General report no. 6 on the lunatic asylums, vaccination and dispensaries in the Bengal Presidency, 1873 -
Year: 1873
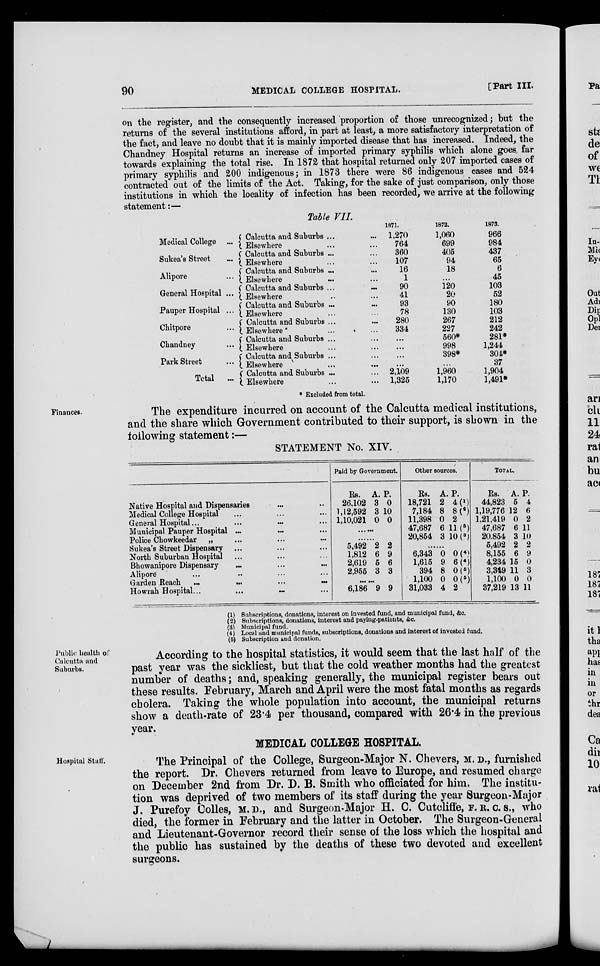
90
MEDICAL COLLEGE HOSPITAL.
[Part III.
on the register, and the consequently increased proportion of those unrecognized; but the
returns of the several institutions afford, in part at least, a more satisfactory interpretation of
the fact, and leave no doubt that it is mainly imported disease that has increased. Indeed, the
Chandney Hospital returns an increase of imported primary syphilis which alone goes far
towards explaining the total rise. In 1872 that hospital returned only 207 imported cases of
primary syphilis and 200 indigenous; in 1873 there were 86 indigenous cases and 524
contracted out of the limits of the Act. Taking, for the sake of just comparison, only those
institutions in which the locality of infection has been recorded, we arrive at the following
statement:—
Table VII.
Medical College ...
Sukea's Street ...
Alipore ...
General Hospital ...
Pauper Hospital ...
Chitpore ...
Chandney
...
Park Street
...
Total
...
Calcutta and Suburbs ...
Elsewhere ...
Calcutta and Suburbs ...
Elsewhere ...
Calcutta and Suburbs ...
Elsewhere ...
Calcutta and Suburbs ...
Elsewhere ...
Calcutta and Suburbs ...
Elsewhere ...
Calcutta and Suburbs ...
.
Elsewhere ...
Calcutta and Suburbs ...
Elsewhere ...
Calcutta and Suburbs ...
Elsewhere ...
Calcutta and Suburbs ...
.
Elsewhere ...
1871.
1,270
764
360
107
16
1
90
41
93
78
280
334
...
...
...
...
2,109
1,325
1872.
1,060
699
405
94
18
...
120
20
90
130
267
227
560*
998
398*
...
1,960
1,170
1873.
966
984
437
65
6
45
103
52
180
103
212
242
281*
1,244
304*
37
1,904
1,491*
* Excluded from total.
Finances.
The expenditure incurred on account of the Calcutta medical institutions,
and the share which Government contributed to their support, is shown in the
following statement:—
STATEMENT No. XIV.
Native Hospital and Dispensaries ... ...
Medical College Hospital ... ... ...
General Hospital... ... ... ...
Municipal Pauper Hospital
...
...
...
Police Chowkeedar „ ... ... ...
Sukea's Street Dispensary ... ... ...
North Suburban Hospital ... ... ...
Bhowanipore Dispensary
...
...
...
Aliporé ... ... ... ...
Garden Reach ...
...
...
...
Howrah Hospital... ... ... ...
Paid by Government.
Rs.
26,102
1,12,592
1,10,021
A.
3
3
0
P.
0
10
0
......
......
5,492
1,812
2,619
2,955
2
6
5
3
2
9
6
3
......
6,186 9 9
Other sources.
Rs.
18,721
7,184
11,398
47,687
20,854
A.
2
8
0
6
3
P.
4( 1 )
8( 2 )
2
11( 3 )
10 ( 3 )
......
6,343
1,615
394
1,100
31,033
0
9
8
0
4
0( 4 )
6( 4 )
0( 5 )
0( 5 )
2
TOTAL.
Rs.
44,823
1,19,776
1,21,419
47,687
20,854
5,492
8,155
4,234
3,349
1,100
37,219
A.
5
12
0
6
3
2
6
15
11
0
13
P.
4
6
2
11
10
2
9
0
3
0
11
(1) Subscriptions, donations, interest on invested fund, and municipal fund, &c.
(2) Subscriptions, donations, interest and paying-patients, &c.
(3) Municipal fund.
(4) Local and municipal funds, subscriptions, donations and interest of invested fund.
(5) Subscription and donation.
Public health of
Calcutta and
Suburbs.
According to the hospital statistics, it would seem that the last half of the
past year was the sickliest, but that the cold weather months had the greatest
number of deaths; and, speaking generally, the municipal register bears out
these results. February, March and April were the most fatal months as regards
cholera. Taking the whole population into account, the municipal returns
show a death-rate of 23.4 per thousand, compared with 26.4 in the previous
year.
MEDICAL COLLEGE HOSPITAL.
Hospital Staff.
The Principal of the College, Surgeon-Major N. Chevers, M. D., furnished
the report. Dr. Chevers returned from leave to Europe, and resumed charge
on December 2nd from Dr. D. B. Smith who officiated for him. The institu-
tion was deprived of two members of its staff during the year Surgeon-Major
J. Purefoy Colles, M. D., and Surgeon-Major H. C. Cutcliffe, F. R. C. S., who
died, the former in February and the latter in October. The Surgeon-General
and Lieutenant-Governor record their sense of the loss which the hospital and
the public has sustained by the deaths of these two devoted and excellent
surgeons.